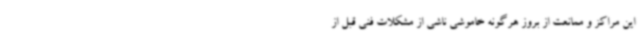
این مراکز و ممانعت از بروز هرگونه خاموشی ناشی از مشکلات فنی قبل از